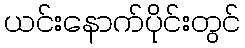
ယင်းနောက်ပိုင်းတွင်